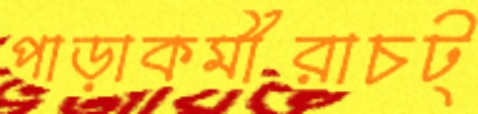
পাড়াকর্মীরাচট্